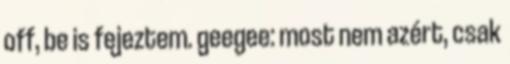
off, be is fejeztem. geegee: most nem azért, csak